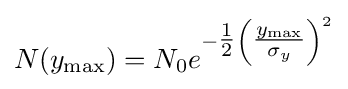
N(y_{\max })=N_{0}e^{-{\tfrac {1}{2}}\left({\tfrac {y_{\max }}{\sigma _{y}}}\right)^{2}}